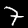
Digit: 7